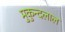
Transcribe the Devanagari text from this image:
मुकुन्दलाल